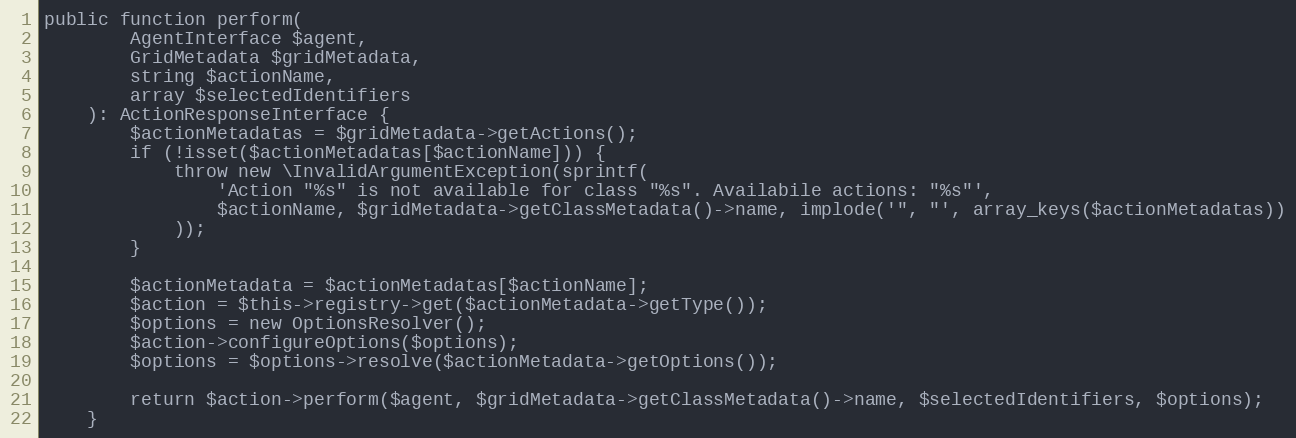
Language: PHP
public function perform(
        AgentInterface $agent,
        GridMetadata $gridMetadata,
        string $actionName,
        array $selectedIdentifiers
    ): ActionResponseInterface {
        $actionMetadatas = $gridMetadata->getActions();
        if (!isset($actionMetadatas[$actionName])) {
            throw new \InvalidArgumentException(sprintf(
                'Action "%s" is not available for class "%s". Availabile actions: "%s"',
                $actionName, $gridMetadata->getClassMetadata()->name, implode('", "', array_keys($actionMetadatas))
            ));
        }

        $actionMetadata = $actionMetadatas[$actionName];
        $action = $this->registry->get($actionMetadata->getType());
        $options = new OptionsResolver();
        $action->configureOptions($options);
        $options = $options->resolve($actionMetadata->getOptions());

        return $action->perform($agent, $gridMetadata->getClassMetadata()->name, $selectedIdentifiers, $options);
    }